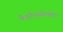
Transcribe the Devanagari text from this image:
पैरागैन्गलियोमा